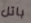
باتل